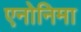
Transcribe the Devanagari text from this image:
एनोनिमा